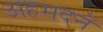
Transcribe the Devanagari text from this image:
अहमदने